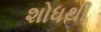
શોધથી